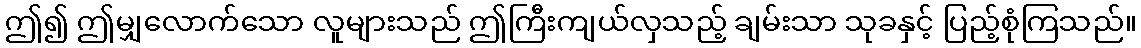
ဤ၍ ဤမျှလောက်သော လူများသည် ဤကြီးကျယ်လှသည့် ချမ်းသာ သုခနှင့် ပြည့်စုံကြသည်။